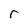
Character: r